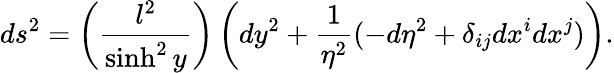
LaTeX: ds^{2}=\left(\frac{l^{2}}{\sinh^{2}y}\right)\left(dy^{2}+\frac{1}{\eta^{2}}(-d\eta^{2}+\delta_{ij}dx^{i}dx^{j})\right).